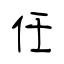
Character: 任